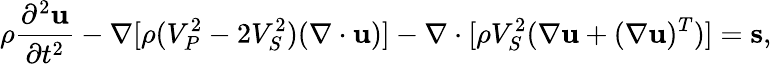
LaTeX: \rho\frac{\partial^{2}\mathbf{u}}{\partial{t}^{2}}-\nabla[\rho({V_{P}^{2}}-2{V_{S}^{2}})(\nabla\cdot\mathbf{u})]-\nabla\cdot[\rho{V_{S}^{2}}(\nabla\mathbf{u}+(\nabla\mathbf{u})^{T})]=\mathbf{s},